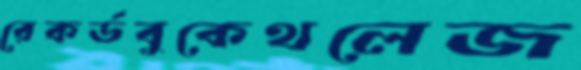
রেকর্ডবুকেথলেজ